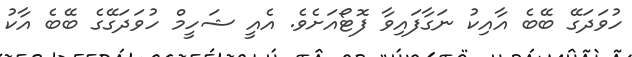
ހުވަދަގޭ ބޭބެ އާއިކު ނަގާފައިވާ ފޮޓޯއަށެވެ. އެއީ ޝަހީމް ހުވަދަގޭގެ ބޭބެ އާކު